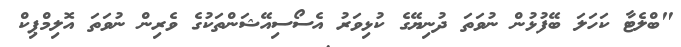
"ބްލެޓާ ކަހަލަ ބޭފުޅުން ނުވަތަ ދުނިޔޭގެ ކުޅިވަރު އެސޯސިއޭޝަންތަކުގެ ވެރިން ނުވަތަ އޮލިމްޕިކް